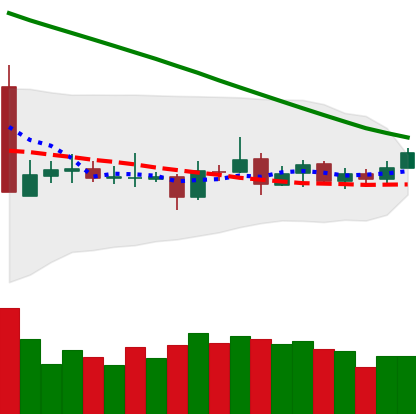
Ticker: ETC-USD
Chart end date: 2019-03-15
Forward return: 5.656%
Label: up_5_7